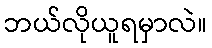
ဘယ်လိုယူရမှာလဲ။